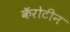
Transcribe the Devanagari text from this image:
कॅरोटीन